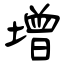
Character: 增